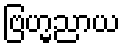
ဗြဟ္မညာယ